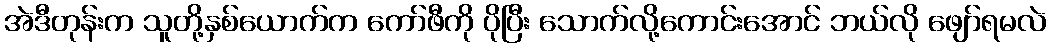
အဲဒီတုန်းက သူတို့နှစ်ယောက်က ကော်ဖီကို ပိုပြီး သောက်လို့ကောင်းအောင် ဘယ်လို ဖျော်ရမလဲ